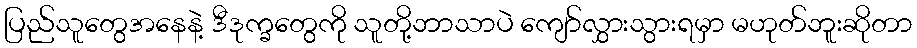
ပြည်သူတွေအနေနဲ့ ဒီဒုက္ခတွေကို သူတို့ဘာသာပဲ ကျော်လွှားသွားရမှာ မဟုတ်ဘူးဆိုတာ